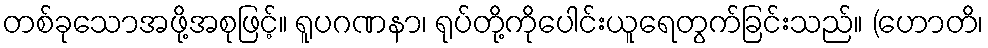
တစ်ခုသောအဖို့အစုဖြင့်။ ရူပဂဏနာ၊ ရုပ်တို့ကိုပေါင်းယူရေတွက်ခြင်းသည်။ (ဟောတိ၊